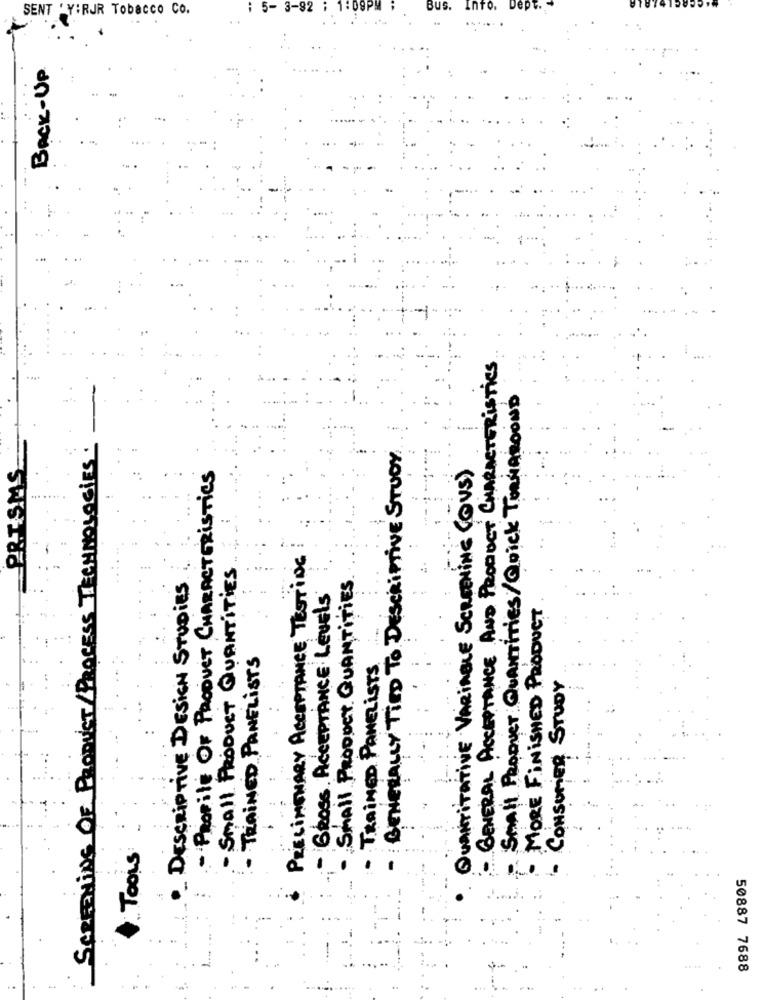
SENT 'YIRJR Tobacco Co.
: 5- 3-92
Bus.
BACK-UP
GENERAL ACCEPTANCE AND PRODUCT CHARACTERISTICS
SMALL PROOver QUANTITies/ Quick TURNAROUND
TECHNOLOGIES
GENERALLY TIED TO DESCRIPTIVE STUDY
QUANTITATIVE VARIABLE SCREENING (OUS)
- PROFILE OF PRODUCT CHARACTERISTICS
PRELIMINARY ACCEPTANCE TESTING
Small PRODUCT QUANTITIES
SMALL PRODUCT QUANTITIES
DESCRIPTIVE DESIGN STUDIES
- GROSS. ACCEPTANCE LEVELS
MORE FINISHED PRODUCT
· TRAINED PANELISTS
TRAINED PANELISTS
CONSUMER STUDY
SCREENING OF Pa
TOOLS
-
50887 7688